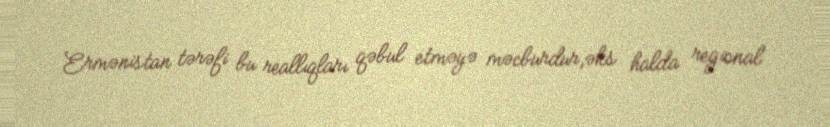
Ermənistan tərəfi bu reallıqları qəbul etməyə məcburdur,əks halda regional